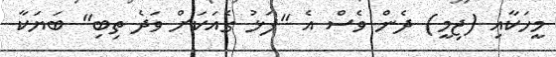
މީހަކާއި (ޖިމީ) ދެން ވެސް އެ "ފަޅު ގެއަކަށް ވަދެ ތިބި" ބަޔަކާ